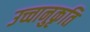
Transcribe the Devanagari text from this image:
उच्चानुकृति